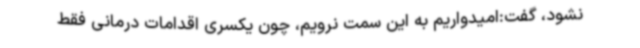
نشود، گفت:امیدواریم به این سمت نرویم، چون یکسری اقدامات درمانی فقط